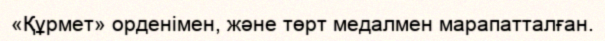
«Құрмет» орденімен, және төрт медалмен марапатталған.